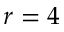
r = 4